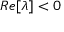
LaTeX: R e [ \lambda ] < 0